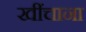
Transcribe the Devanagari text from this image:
खींचाना